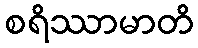
စရိဿာမာတိ